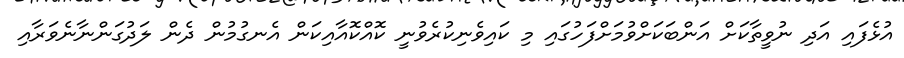
އުޅެފައި އަދި ނުވީތާކަށް އަންބަކަށްވުމަށްފަހުގައި މި ކައިވެނިކުރެވުނީ ކޮއްކޮއާއިކަން އެނގުމުން ދެން ލަދުގަންނާނެވަރާއި